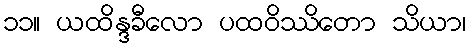
၁၁။ ယထိန္ဒခီလော ပထဝိဿိတော သိယာ၊